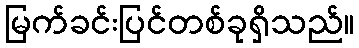
မြက်ခင်းပြင်တစ်ခုရှိသည်။